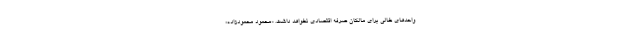
واحدهای خالی برای مالکان صرفه اقتصادی نخواهد داشت. «محمود محمودزاده»